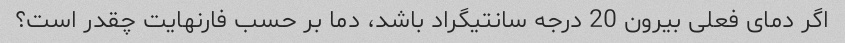
اگر دمای فعلی بیرون 20 درجه سانتیگراد باشد، دما بر حسب فارنهایت چقدر است؟